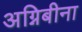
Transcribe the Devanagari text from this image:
अग्निबीना